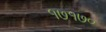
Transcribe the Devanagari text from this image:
१७१७०